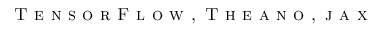
\textsc { T e n s o r F l o w } , \textsc { T h e a n o } , \textsc { j a x }